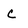
Character: c